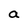
Character: a